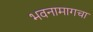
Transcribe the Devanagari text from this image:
भवनामागचा